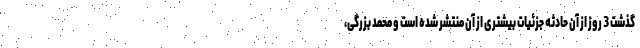
گذشت 3 روز از آن حادثه جزئیات بیشتری از آن منتشر شده است و محمد بزرگی،